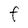
Character: F